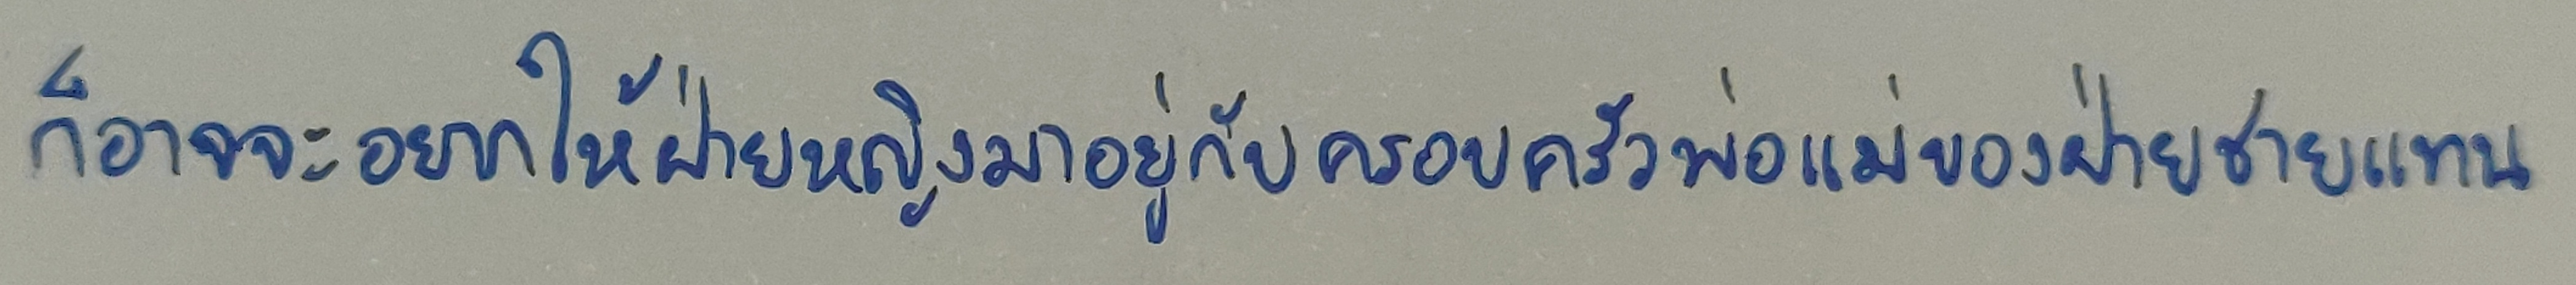
ก็อาจจะอยากให้ฝ่ายหญิงมาอยู่กับครอบครัวพ่อแม่ของฝ่ายชายแทน